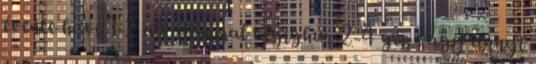
évente havi 1-2 alkalommal végighúz 2-4 gép vagy annyi